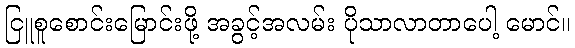
ငြူစူစောင်းမြောင်းဖို့ အခွင့်အလမ်း ပိုသာလာတာပေါ့ မောင်။